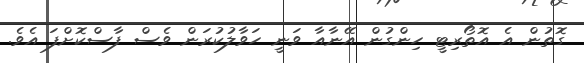
ގޮތުން އެ އޮތޯރިޓީ ހިންގުން އޭނާއާ ވަނީ ހަވާލުކުރަން ވެސް ފާސްކޮށްފަ އެވެ.